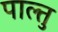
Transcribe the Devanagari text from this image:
पाल्तु